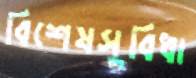
বিশেষসুবিধা